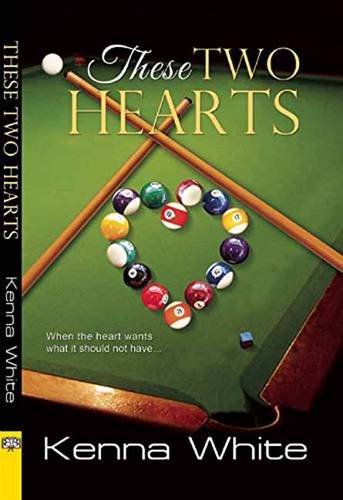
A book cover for These Two Hearts; Kenna White; Romance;